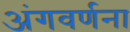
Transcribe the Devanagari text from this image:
अंगवर्णना